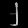
Digit: ၂